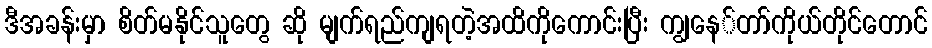
ဒီအခန်းမှာ စိတ်မနိုင်သူတွေ ဆို မျက်ရည်ကျရတဲ့အထိကိုကောင်းပြီး ကျွနေ်တာ်ကိုယ်တိုင်တောင်